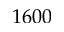
1 6 0 0